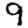
Digit: 9